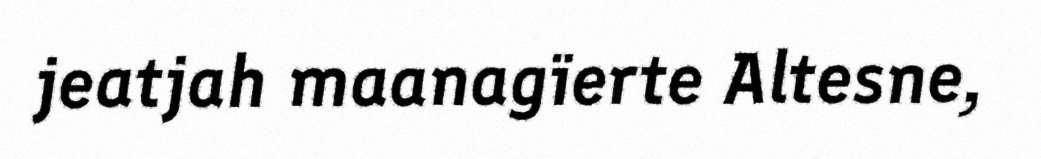
jeatjah maanagïerte Altesne,